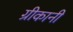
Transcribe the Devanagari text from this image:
ग्रीकानी